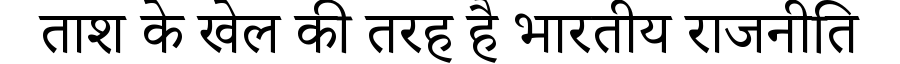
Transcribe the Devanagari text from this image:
ताश के खेल की तरह है भारतीय राजनीति